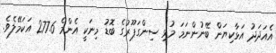
އެއަދަދު އަޅާކިޔަން ބޭނުންނަމަ މުޅި ސިންގަޕޫރުގެ ބޮޑު މިނަކީ އެންމެ 277.6 އަކަމޭލެވެ.